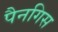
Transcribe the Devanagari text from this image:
पैनगिस